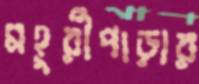
মহুরীপাড়ার